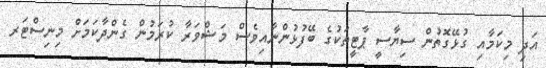
އަދި މިކަމާއި ގުޅޭގޮތުން ސިޔާސީ ޕާޓީތަކުގެ ބޭފުޅުންނާއިވެސް މަޝްވަރާ ކުރަމުން ގެންދާކަމަށް މިނިސްޓަރ